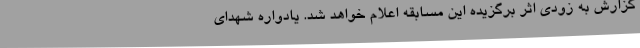
گزارش به زودی اثر برگزیده این مسابقه اعلام خواهد شد. یادواره شهدای